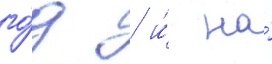
го́д / и́ на́